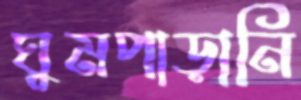
ঘুমপাড়ানি